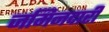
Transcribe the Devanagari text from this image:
जमिनदारी